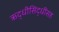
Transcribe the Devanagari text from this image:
ऋद्धीसिद्धींसह